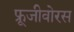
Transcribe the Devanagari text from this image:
फ्रूजीवोरस